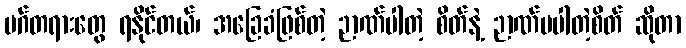
မဂ်တရားတွေ ရနိုင်တယ်၊ အခြေခံဖြစ်တဲ့ ဉာဏ်ပါတဲ့ စိတ်နဲ့ ဉာဏ်မပါတဲ့စိတ် ဆိုတာ